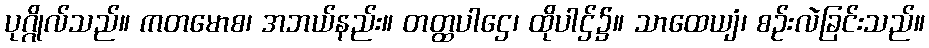
ပုဂ္ဂိုလ်သည်။ ကတမောစ၊ အဘယ်နည်း။ တတ္ထပါဌေ၊ ထိုပါဌ်၌။ သာထေယျံ၊ စဉ်းလဲခြင်းသည်။